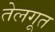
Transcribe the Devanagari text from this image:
तेलगूत